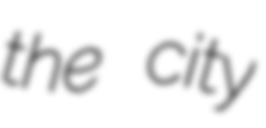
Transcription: the city